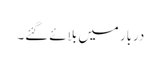
دربار میں بلائے گئے۔